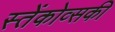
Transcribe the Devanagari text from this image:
स्तेंकोव्सकी